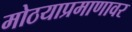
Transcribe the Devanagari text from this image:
मोठयाप्रमाणावर